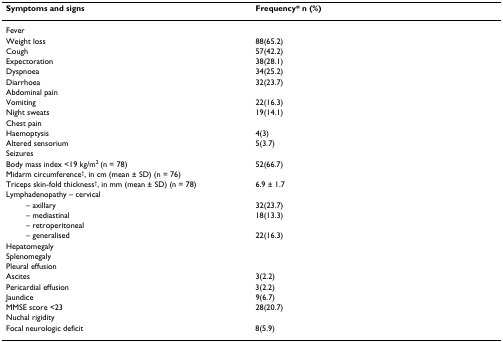
<table><thead><tr><td><b>Symptoms and signs</b></td><td><b>Frequency* n (%)</b></td></tr></thead><tbody><tr><td>Fever</td><td>[EMPTY_CELL]</td></tr><tr><td>Weight loss</td><td>88(65.2)</td></tr><tr><td>Cough</td><td>57(42.2)</td></tr><tr><td>Expectoration</td><td>38(28.1)</td></tr><tr><td>Dyspnoea</td><td>34(25.2)</td></tr><tr><td>Diarrhoea</td><td>32(23.7)</td></tr><tr><td>Abdominal pain</td><td>[EMPTY_CELL]</td></tr><tr><td>Vomiting</td><td>22(16.3)</td></tr><tr><td>Night sweats</td><td>19(14.1)</td></tr><tr><td>Chest pain</td><td>[EMPTY_CELL]</td></tr><tr><td>Haemoptysis</td><td>4(3)</td></tr><tr><td>Altered sensorium</td><td>5(3.7)</td></tr><tr><td>Seizures</td><td>[EMPTY_CELL]</td></tr><tr><td>Body mass index &lt;19 kg/m<sup>2 </sup>(n = 78)</td><td>52(66.7)</td></tr><tr><td>Midarm circumference<sup>†</sup>, in cm (mean ± SD) (n = 76)</td><td>[EMPTY_CELL]</td></tr><tr><td>Triceps skin-fold thickness<sup>†</sup>, in mm (mean ± SD) (n = 78)</td><td>6.9 ± 1.7</td></tr><tr><td>Lymphadenopathy – cervical</td><td>[EMPTY_CELL]</td></tr><tr><td>– axillary</td><td>32(23.7)</td></tr><tr><td>– mediastinal</td><td>18(13.3)</td></tr><tr><td>– retroperitoneal</td><td>[EMPTY_CELL]</td></tr><tr><td>– generalised</td><td>22(16.3)</td></tr><tr><td>Hepatomegaly</td><td>[EMPTY_CELL]</td></tr><tr><td>Splenomegaly</td><td>[EMPTY_CELL]</td></tr><tr><td>Pleural effusion</td><td>[EMPTY_CELL]</td></tr><tr><td>Ascites</td><td>3(2.2)</td></tr><tr><td>Pericardial effusion</td><td>3(2.2)</td></tr><tr><td>Jaundice</td><td>9(6.7)</td></tr><tr><td>MMSE score &lt;23</td><td>28(20.7)</td></tr><tr><td>Nuchal rigidity</td><td>[EMPTY_CELL]</td></tr><tr><td>Focal neurologic deficit</td><td>8(5.9)</td></tr></tbody></table>